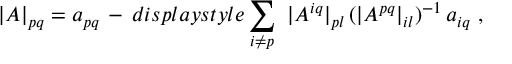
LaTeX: | A | _ { p q } = a _ { p q } \, - \, d i s p l a y s t y l e \sum _ { i \not = p } \ | A ^ { i q } | _ { p l } \, ( | A ^ { p q } | _ { i l } ) ^ { - 1 } \, a _ { i q } \ ,